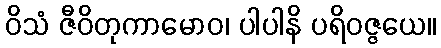
ဝိသံ ဇီဝိတုကာမောဝ၊ ပါပါနိ ပရိဝဇ္ဇယေ။